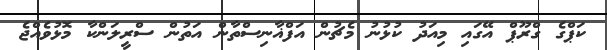
ކަޕްގެ ގްރޫޕް އޭގައި މިއަދު ކުޅުނު މެޗުން އަފްޣާނިސްތާން އަތުން ސްރީލަންކާ މޮޅުވެއްޖެ